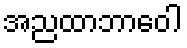
အညထာဘာဝေါ